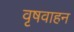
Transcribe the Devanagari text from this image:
वृषवाहन